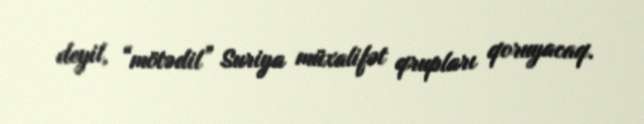
deyil, “mötədil” Suriya müxalifət qrupları qoruyacaq.